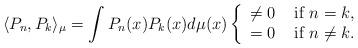
LaTeX: \begin{align*} \langle P_n,P_k \rangle_{\mu}=\int P_n(x) P_k(x) d\mu(x) \left\{ \begin{array}{ll} \not =0 & \mbox{ if } n=k, \\ = 0 & \mbox{ if } n \neq k. \\ \end{array}\right.\end{align*}